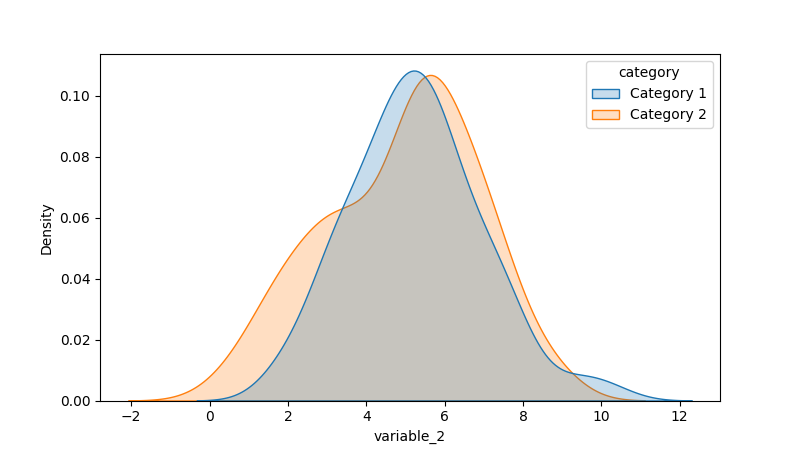
python, seaborn, kdeplot, hue='category', fill=True, bw_adjust=1.0